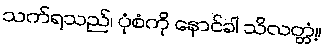
သက်ရသည်၊ ပုံစံကို နောင်ခါ သိလတ္တံ့။